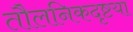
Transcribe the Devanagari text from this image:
तौलनिकदृष्टया